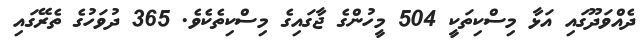
ދެއްވަދޫގައި އަޅާ މިސްކިތަކީ 504 މީހުންގެ ޖާގައިގެ މިސްކިތެކެވެ. 365 ދުވަަހުގެ ތެރޭގައި